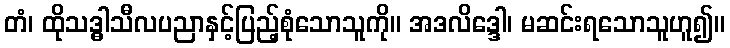
တံ၊ ထိုသဒ္ဓါသီလပညာနှင့်ပြည့်စုံသောသူကို။ အဒလိဒ္ဒေါ၊ မဆင်းရသောသူဟူ၍။